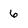
Character: 6